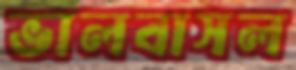
ভালবাসল